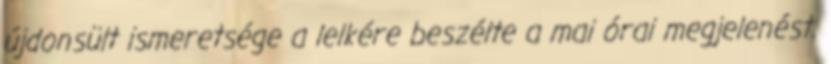
újdonsült ismeretsége a lelkére beszélte a mai órai megjelenést.